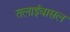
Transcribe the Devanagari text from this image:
तलाईवासल